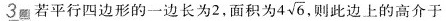
3若平行四边形的一边长为2，面积为4\sqrt{6}，则此边上的高介于